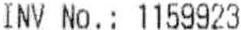
INV NO. : 1159923